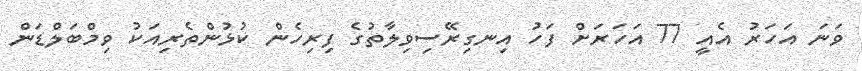
ވަނަ އަހަރު އެއީ 77 އަހަރަށް ފަހު އިނގިރޭސިވިލާތުގެ ފިރިހެން ކުޅުންތެރިއަކު ވިމްބަލްޑަން